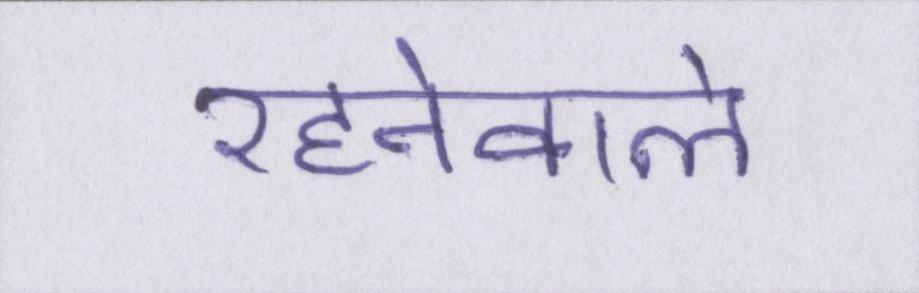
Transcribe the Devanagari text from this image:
रहनेवाले